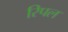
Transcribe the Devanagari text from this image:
रिपल